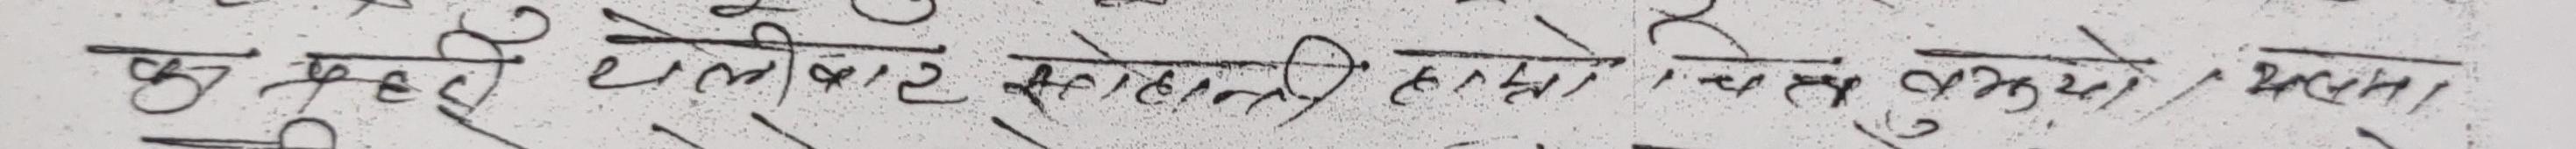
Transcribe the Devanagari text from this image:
क मुद्दल थले बाँट को हनि हुदो हुदैन विग्रेको भएता